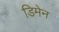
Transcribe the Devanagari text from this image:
डिमेन